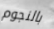
بالنجوم